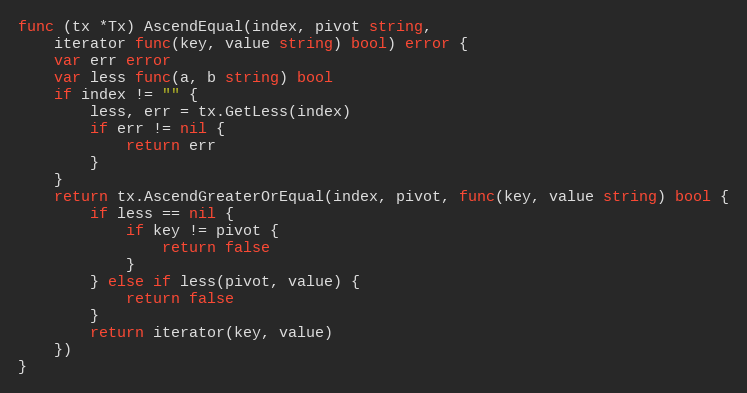
Language: Go
func (tx *Tx) AscendEqual(index, pivot string,
	iterator func(key, value string) bool) error {
	var err error
	var less func(a, b string) bool
	if index != "" {
		less, err = tx.GetLess(index)
		if err != nil {
			return err
		}
	}
	return tx.AscendGreaterOrEqual(index, pivot, func(key, value string) bool {
		if less == nil {
			if key != pivot {
				return false
			}
		} else if less(pivot, value) {
			return false
		}
		return iterator(key, value)
	})
}